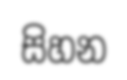
සිහන